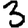
Digit: 3